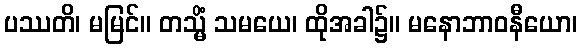
ပဿတိ၊ မမြင်။ တသ္မိံ သမယေ၊ ထိုအခါ၌။ မနောဘာဝနီယော၊